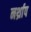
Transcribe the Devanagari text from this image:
नर्थ्राप